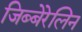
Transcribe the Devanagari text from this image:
जिब्बेरेलिन